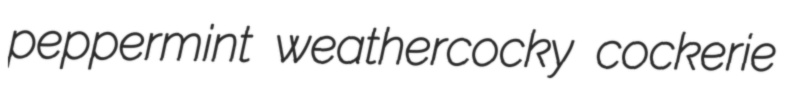
peppermint weathercocky cockerie